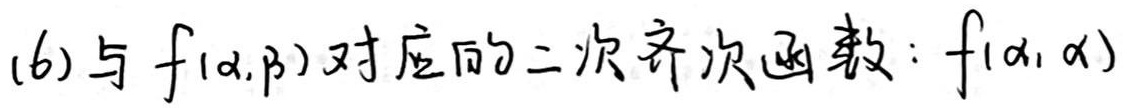
(6) 与 \(f(\alpha,\beta)\) 对应的二次齐次函数：\(f(\alpha,\alpha)\)